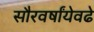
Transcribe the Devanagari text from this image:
सौरवर्षांयेवढे